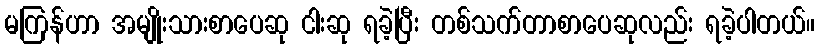
မကြန်ဟာ အမျိုးသားစာပေဆု ငါးဆု ရခဲ့ပြီး တစ်သက်တာစာပေဆုလည်း ရခဲ့ပါတယ်။